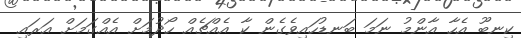
ކިނބޫ އެހާ އާންމު ނަމަ ބަނޑުހައިވެގެން ކާ އެއްޗެއް ހޯދުމަށް އެއްގަމަށް އަރައި